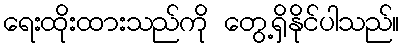
ရေးထိုးထားသည်ကို တွေ့ရှိနိုင်ပါသည်။